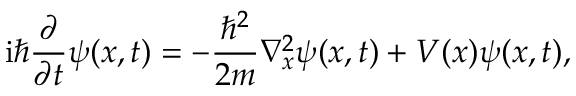
\mathrm { i } \hbar \frac { \partial } { \partial t } \psi ( x , t ) = - \frac { \hbar ^ { 2 } } { 2 m } \nabla _ { x } ^ { 2 } \psi ( x , t ) + V ( x ) \psi ( x , t ) ,